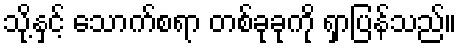
သို့နှင့် သောက်စရာ တစ်ခုခုကို ရှာပြန်သည်။